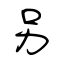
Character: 另